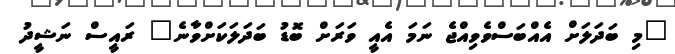
"މި ބަދަލަށް އެއްބަސްވެވިއްޖެ ނަމަ އެއީ ވަރަށް ބޮޑު ބަދަލަކަށްވާނެ" ރައީސް ނަޝީދު